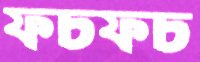
ফচফচ